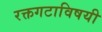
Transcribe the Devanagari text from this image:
रक्तगटाविषयी